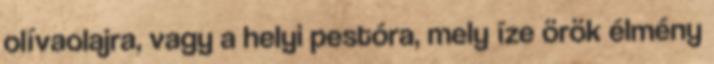
olívaolajra, vagy a helyi pestóra, mely íze örök élmény